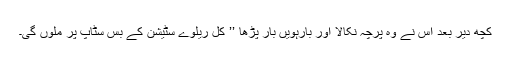
کچھ دیر بعد اس نے وہ پرچہ نکالا اور بارہویں بار پڑھا ’’ کل ریلوے سٹیشن کے بس سٹاپ پر ملوں گی۔